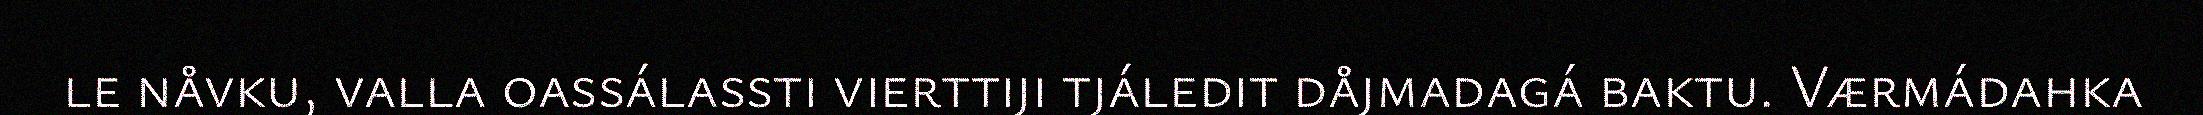
le nåvku, valla oassálassti vierttiji tjáledit dåjmadagá baktu. Værmádahka